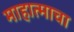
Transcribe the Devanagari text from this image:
माहात्माचा